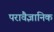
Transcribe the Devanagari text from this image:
परावैज्ञानिक